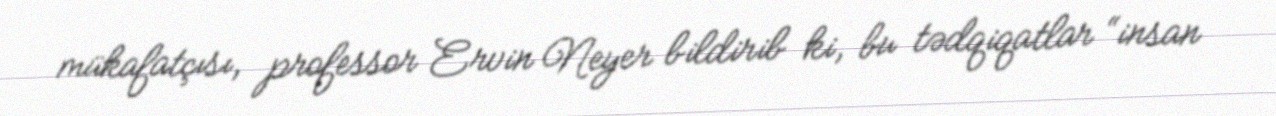
mükafatçısı, professor Ervin Neyer bildirib ki, bu tədqiqatlar “insan